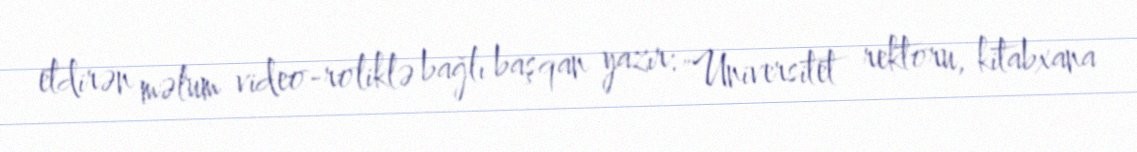
etdirən məlum video-roliklə bağlı başqan yazır: "Universitet rektoru, kitabxana